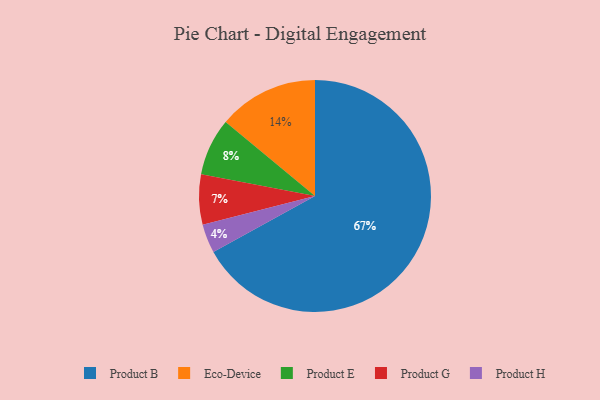
{"axis": {"x": "Category", "y": "Percentage"}, "legend": ["Eco-Device", "Product B", "Product E", "Product G", "Product H"], "data": [{"x": "Product G", "y": 7, "type": "Product G"}, {"x": "Eco-Device", "y": 14, "type": "Eco-Device"}, {"x": "Product B", "y": 67, "type": "Product B"}, {"x": "Product H", "y": 4, "type": "Product H"}, {"x": "Product E", "y": 8, "type": "Product E"}]}